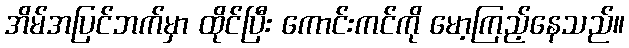
အိမ်အပြင်ဘက်မှာ ထိုင်ပြီး ကောင်းကင်ကို မော့ကြည့်နေသည်။